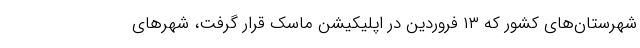
شهرستان‌های کشور که ۱۳ فروردین در اپلیکیشن ماسک قرار گرفت، شهرهای